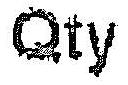
QTY